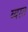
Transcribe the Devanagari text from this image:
ब्यस्त